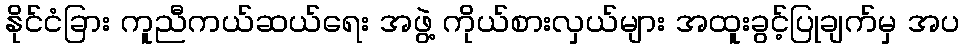
နိုင်ငံခြား ကူညီကယ်ဆယ်ရေး အဖွဲ့ ကိုယ်စားလှယ်များ အထူးခွင့်ပြုချက်မှ အပ